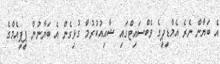
އެ ބަޔާން ނެރެ އެމްޑީޕީގެ ވެބްސައިޓްގައި ޝާއިއުކުރުމާ ގުޅިގެން އެ ބަޔާނުން ޕީޕީއެމްގެ